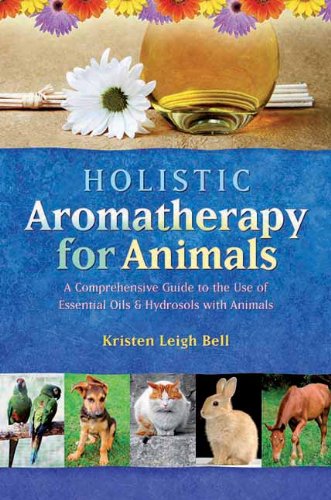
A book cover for Holistic Aromatherapy for Animals: A Comprehensive Guide to the Use of Essential Oils & Hydrosols with Animals; Kristen Leigh Bell; Medical Books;